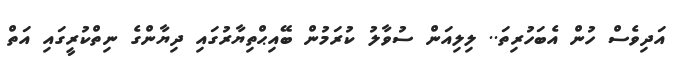
އަދިވެސް ހުން އެބަހުރިތަ.. ލިލިއަން ސުވާލު ކުރަމުން ބޭއިޙްތިޔާރުގައި ދިޔާންގެ ނިތްކުރީގައި އަތް